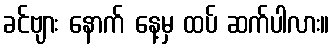
ခင်ဗျား နောက် နေ့မှ ထပ် ဆက်ပါလား။